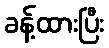
ခန့်ထားပြီး